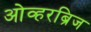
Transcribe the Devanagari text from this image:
ओव्हरब्रिज